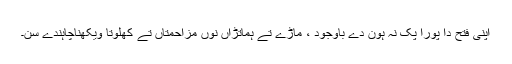
اپنی فتح دا پورا پک نہ ہون دے باوجود ، ماڑے تے ہماتڑاں نوں مزاحمتاں تے کھلوتا ویکھناچاہندے سن۔